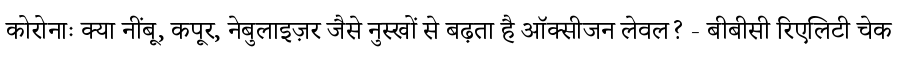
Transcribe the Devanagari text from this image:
कोरोनाः क्या नींबू, कपूर, नेबुलाइज़र जैसे नुस्खों से बढ़ता है ऑक्सीजन लेवल? - बीबीसी रिएलिटी चेक